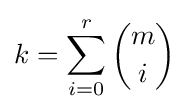
k=\sum _{i=0}^{r}{\binom {m}{i}}